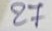
27